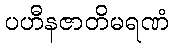
ပဟီနဇာတိမရဏံ